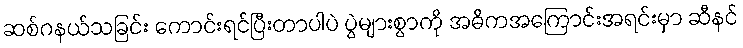
ဆစ်ဂနယ်သခြင်း ကောင်းရင်ပြီးတာပါပဲ ပွဲများစွာကို အဓိကအကြောင်းအရင်းမှာ ဆီနင်